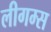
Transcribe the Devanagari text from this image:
लीगम्स